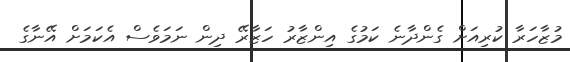
މުޒާހަރާ ކުރިއަށް ގެންދާނެ ކަމުގެ އިންޒާރު ހަޒާރޭ ދިން ނަމަވެސް އެކަމަށް އޭނާގެ